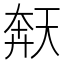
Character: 𫯩